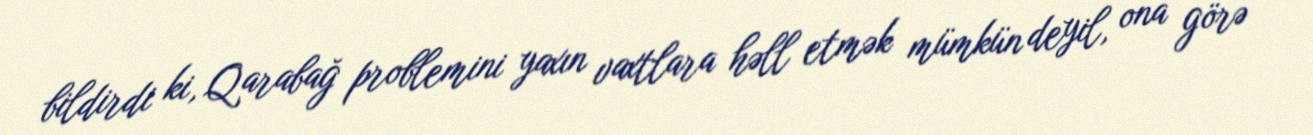
bildirdi ki, Qarabağ problemini yaxın vaxtlara həll etmək mümkün deyil, ona görə